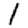
Digit: 1